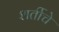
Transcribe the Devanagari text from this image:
शर्तीचे